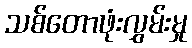
သစ်တောဖုံးလွှမ်းမှု